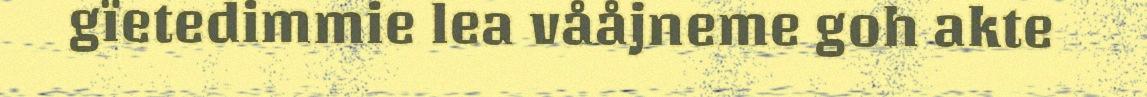
gïetedimmie lea vååjneme goh akte